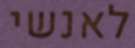
לאנשי